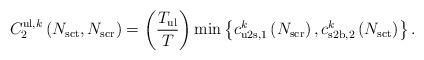
LaTeX: \begin{align*}C^{\mathrm{ul},k}_{2}\left( N_{\mathrm{sct}}, N_{\mathrm{scr}} \right) = \left(\frac{T_{\mathrm{ul}}}{T}\right) \min\left\lbrace c^k_{\mathrm{u2s},1} \left( N_{\mathrm{scr}} \right), c^k_{\mathrm{s2b},2} \left(N_{\mathrm{sct}}\right) \right\rbrace.\end{align*}